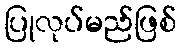
ပြုလုပ်မည်ဖြစ်